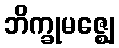
ဘိက္ခုမဇ္ဈေ